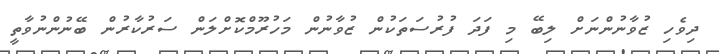
ދިވެހި ޒުވާނުންނަށް ލިބޭ މި ފަދަ ފުރުސަތަކުން ޒުވާނުން މަހުރޫމްކޮށްލަން ސަރުކާރުން ބޭނުންނުވާތީ